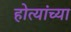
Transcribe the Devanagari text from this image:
होत्यांच्या